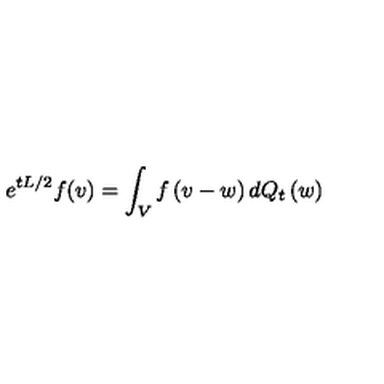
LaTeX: e ^ { t L / 2 } f ( v ) = \int _ { V } f \left( v - w \right) d Q _ { t } \left( w \right)